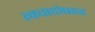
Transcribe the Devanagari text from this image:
त्वचादोषहर